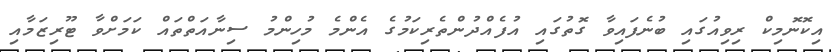
އިކޮނޮމިކް ރިވިއުގައި ބުނެފައިވާ ގޮތުގައި އުފެއްދުންތެރިކަމުގެ އެންމެ މުހިންމު ސިނާއަތްތައް ކަމަށްވާ ޓޫރިޒަމާއި